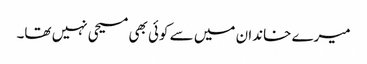
میرے خاندان میں سے کوئی بھی مسیحی نہیں تھا۔